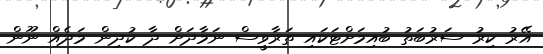
އޭރު ކިރު ސަރުބަތު ބުއިމަށްޓަކައި ތަރާވީސް ނަމާދަށް ދާ ކުދިން މަދެއް ނޫން